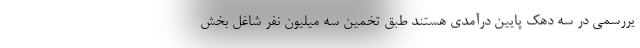
یررسمی در سه دهک پایین درآمدی هستند طبق تخمین سه میلیون نفر شاغل بخش